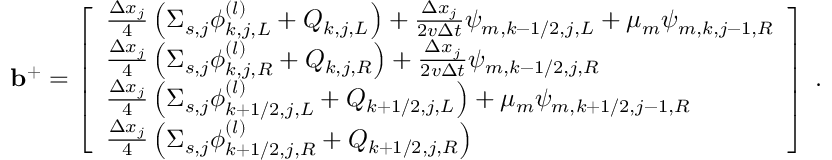
\mathbf { b } ^ { + } = \left[ \begin{array} { l } { \frac { \Delta x _ { j } } { 4 } \left( \Sigma _ { s , j } \phi _ { k , j , L } ^ { ( l ) } + Q _ { k , j , L } \right) + \frac { \Delta x _ { j } } { 2 v \Delta t } \psi _ { m , k - 1 / 2 , j , L } + \mu _ { m } \psi _ { m , k , j - 1 , R } } \\ { \frac { \Delta x _ { j } } { 4 } \left( \Sigma _ { s , j } \phi _ { k , j , R } ^ { ( l ) } + Q _ { k , j , R } \right) + \frac { \Delta x _ { j } } { 2 v \Delta t } \psi _ { m , k - 1 / 2 , j , R } } \\ { \frac { \Delta x _ { j } } { 4 } \left( \Sigma _ { s , j } \phi _ { k + 1 / 2 , j , L } ^ { ( l ) } + Q _ { k + 1 / 2 , j , L } \right) + \mu _ { m } \psi _ { m , k + 1 / 2 , j - 1 , R } } \\ { \frac { \Delta x _ { j } } { 4 } \left( \Sigma _ { s , j } \phi _ { k + 1 / 2 , j , R } ^ { ( l ) } + Q _ { k + 1 / 2 , j , R } \right) } \end{array} \right] \; .